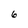
Character: 6